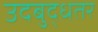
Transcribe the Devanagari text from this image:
उदबुद्धतर